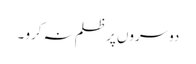
دوسروں پر ظلم نہ کرو ۔